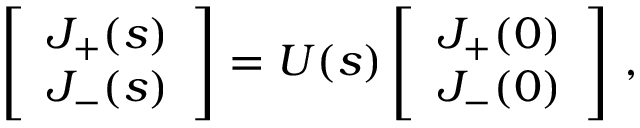
\left[ \begin{array} { l } { J _ { + } ( s ) } \\ { J _ { - } ( s ) } \end{array} \right] = U ( s ) \left[ \begin{array} { l } { J _ { + } ( 0 ) } \\ { J _ { - } ( 0 ) } \end{array} \right] \, ,